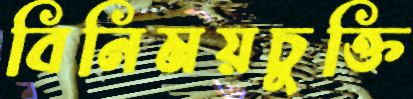
বিনিময়চুক্তি